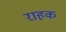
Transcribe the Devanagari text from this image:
राहक